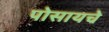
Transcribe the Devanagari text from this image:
पोसायचे